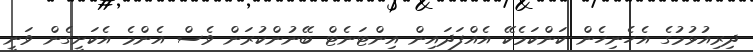
ދިރިއުޅުމުގެ އެހެނިހެން ކަންކަމެކޭ އެއްފަދައިން އިންޓަނެޓް ބޭނުންކުރަން ވެސް އެންމެ އެކަށީގެން ވަނީ